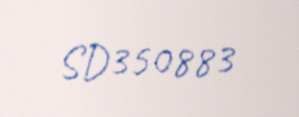
SD350883